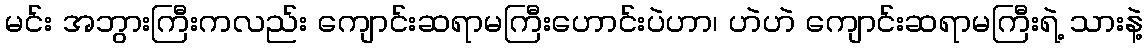
မင်း အဘွားကြီးကလည်း ကျောင်းဆရာမကြီးဟောင်းပဲဟာ၊ ဟဲဟဲ ကျောင်းဆရာမကြီးရဲ့ သားနဲ့